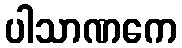
ပါသာဏကေ